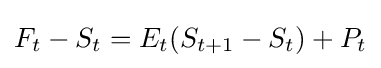
F_{t}-S_{t}=E_{t}(S_{t+1}-S_{t})+P_{t}